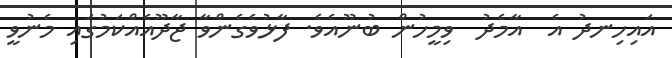
އައިހިނދު އެ  އާމެދު  ވިމީހުން ބުނޫއެވެ. ފާޅުވެގެންވާ ޖާދޫއެއްކަމުގައި މެނުވީ